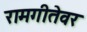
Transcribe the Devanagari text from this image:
रामगीतेवर